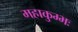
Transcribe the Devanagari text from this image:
महाकुम्भः